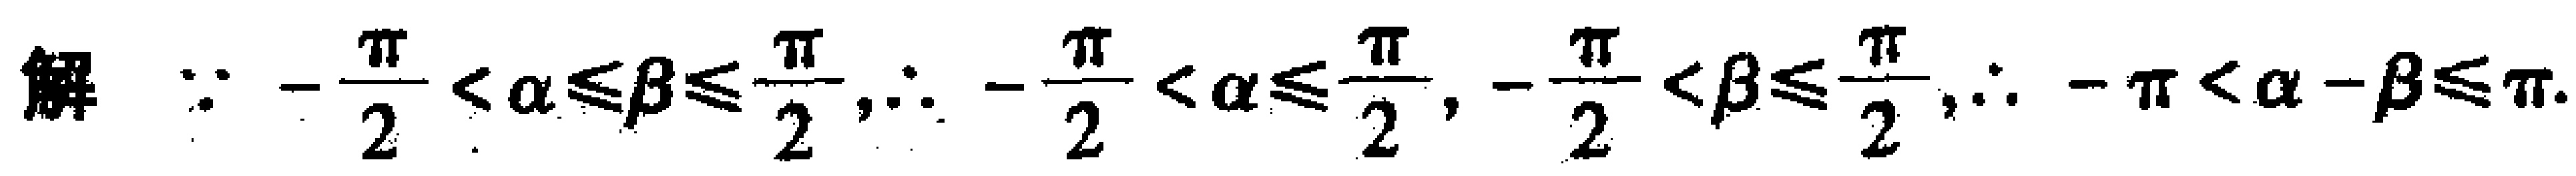
解 $\because -\frac{\pi}{2} < \alpha \leq \beta \leq \frac{\pi}{2},\therefore -\frac{\pi}{2} < \alpha \leq \frac{\pi}{2}, -\frac{\pi}{2} < \beta \leq \frac{\pi}{2},\therefore -\pi < \alpha - \beta \leq \pi$.